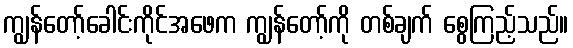
ကျွန်တော့်ခေါင်းကိုင်အဖေက ကျွန်တော့်ကို တစ်ချက် စွေကြည့်သည်။